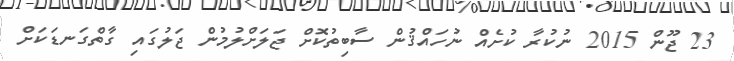
23 ޖޫން 2015 ނުކުރާ ކުށެއް ނުހައްޤުން ސާބިތުކޮށް ޖަލަށްލުމުން ޖަލުގައި ގާތްގަނޑަކަށް